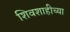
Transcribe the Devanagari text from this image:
शिवशाहीच्या